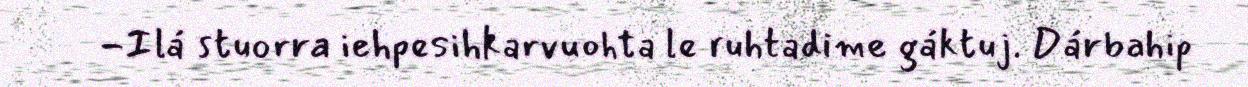
-Ilá stuorra iehpesihkarvuohta le ruhtadime gáktuj. Dárbahip